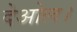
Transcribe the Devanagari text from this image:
देओल।